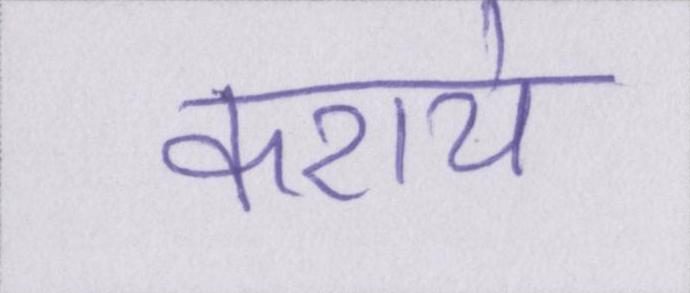
कराये